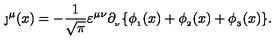
\j ^ { \mu } ( x ) = - \frac { 1 } { \sqrt { \pi } } \varepsilon ^ { \mu \nu } \partial _ { _ \nu } \{ \phi _ { _ 1 } ( x ) + \phi _ { _ 2 } ( x ) + \phi _ { _ 3 } ( x ) \} .